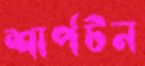
শার্পটন